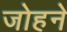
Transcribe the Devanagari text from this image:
जोहने